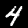
Label: 4